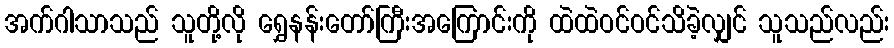
အက်ဂါသာသည် သူတို့လို ရွှေနန်းတော်ကြီးအကြောင်းကို ထဲထဲဝင်ဝင်သိခဲ့လျှင် သူသည်လည်း